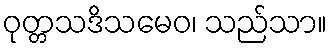
ဝုတ္တသဒိသမေဝ၊ သည်သာ။